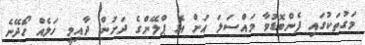
މަގުތަކުގައި ފެންބޮޑުވާ މައްސަލަ އަށް އެ ޕްލޭންގެ ދަށުން ދާއިމީ ހަލެއް ހޯދޭނެ